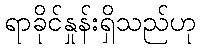
ရာခိုင်နှုန်းရှိသည်ဟု